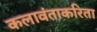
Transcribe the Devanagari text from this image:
कलावंताकरिता